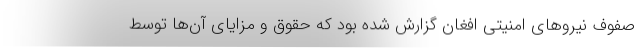
صفوف نیروهای امنیتی افغان گزارش شده بود که حقوق و مزایای آن‌ها توسط